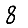
Digit: 8